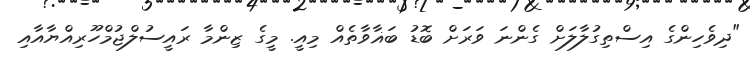
"ދިވެހިންގެ އިސްތިގުލާލަށް ގެންނަ ވަރަށް ބޮޑު ބަޣާވާތެއް މިއީ. މީގެ ޒިންމާ ރައީސުލްޖުމްހޫރިއްޔާއާއި